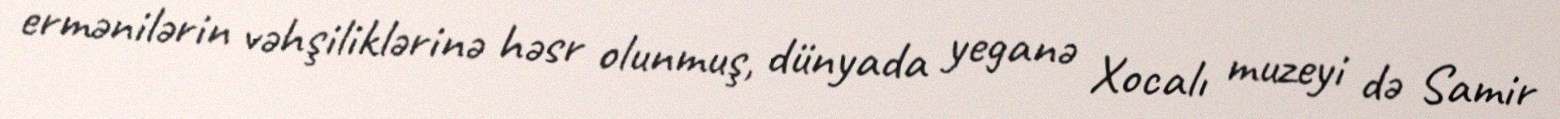
ermənilərin vəhşiliklərinə həsr olunmuş, dünyada yeganə Xocalı muzeyi də Samir